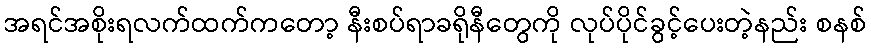
အရင်အစိုးရလက်ထက်ကတော့ နီးစပ်ရာခရိုနီတွေကို လုပ်ပိုင်ခွင့်ပေးတဲ့နည်း စနစ်